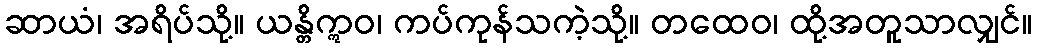
ဆာယံ၊ အရိပ်သို့။ ယန္တိဣဝ၊ ကပ်ကုန်သကဲ့သို့။ တထေဝ၊ ထို့အတူသာလျှင်။